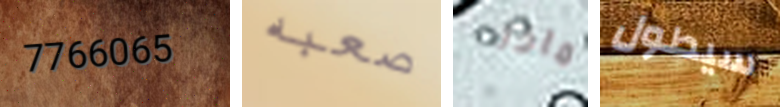
7766065 صعبه ماذا سيطول